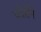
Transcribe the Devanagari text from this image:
फोर्सने